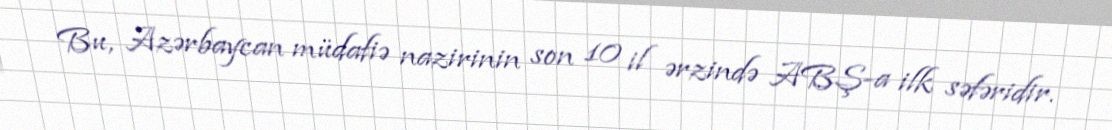
Bu, Azərbaycan müdafiə nazirinin son 10 il ərzində ABŞ-a ilk səfəridir.